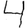
Digit: 4